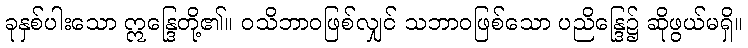
ခုနှစ်ပါးသော ဣန္ဒြေတို့၏။ ဝသိဘာဝဖြစ်လျှင် သဘာဝဖြစ်သော ပညိန္ဒြေ၌ ဆိုဖွယ်မရှိ။